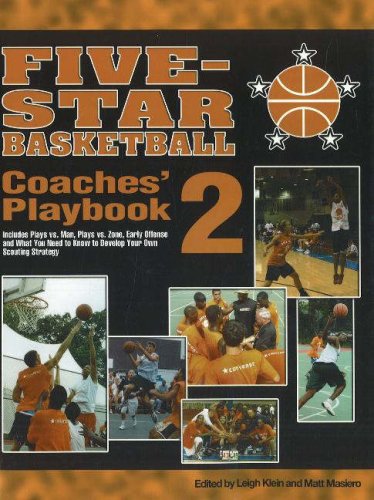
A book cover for Five-Star Basketball Coaches' Playbook 2; Leigh Klein; Sports & Outdoors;